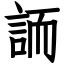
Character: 䛔